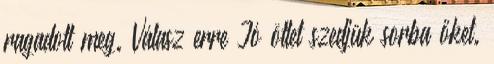
ragadott meg. Válasz erre Jó ötlet szedjük sorba őket.